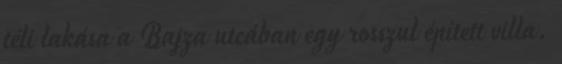
téli lakása a Bajza utcában egy rosszul épített villa.